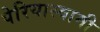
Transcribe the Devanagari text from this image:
पेरियास्वामी